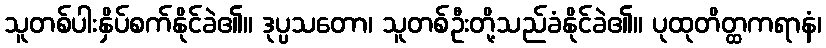
သူတစ်ပါးနှိပ်စက်နိုင်ခဲ၏။ ဒုပ္ပသတော၊ သူတစ်ဦးတို့သည်ခံနိုင်ခဲ၏။ ပုထုတိတ္ထကရာနံ၊